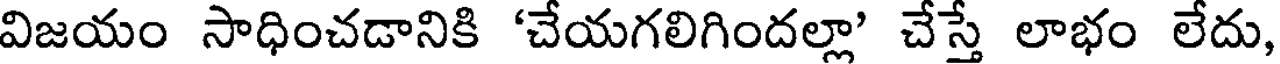
విజయం సాధించడానికి 'చేయగలిగిందల్లా' చేస్తే లాభం లేదు,